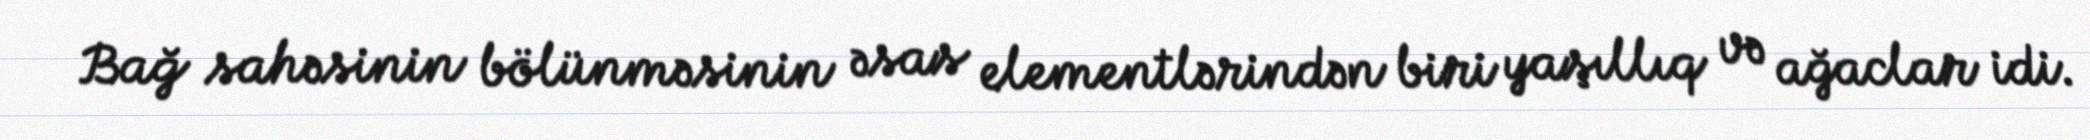
Bağ sahəsinin bölünməsinin əsas elementlərindən biri yaşıllıq və ağaclar idi.